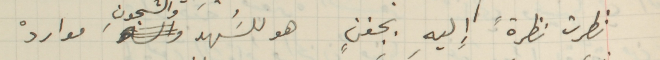
نظرت نظرةً إليهِ بجفنٍ هو للسَُهد والشجونِ مواردْ